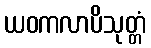
ယဝကလာပိသုတ္တံ